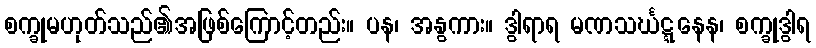
စက္ခုမဟုတ်သည်၏အဖြစ်ကြောင့်တည်း။ ပန၊ အနွကား။ ဒွါရာရ မဏသင်္ဃဋ္ဋနေန၊ စက္ခုဒွါရ